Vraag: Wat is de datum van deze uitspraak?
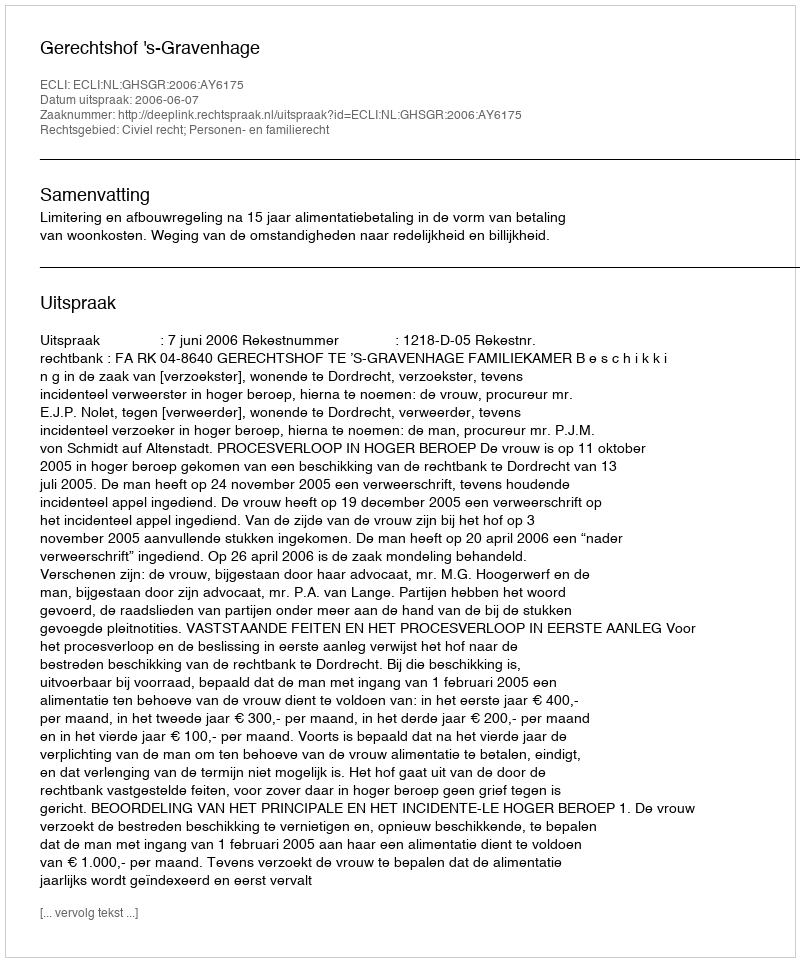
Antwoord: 2006-06-07